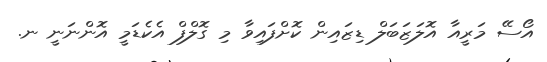
އޯސޭ މަރީއާ އޮލަޒަބަލް ޑިޒައިން ކޮށްފައިވާ މި ގޮލްފް އެކެޑަމީ އޮންނަނީ ނ.